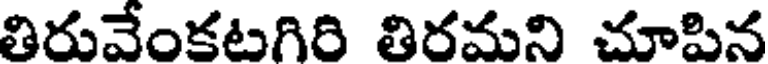
తిరువేంకటగిరి తిరమని చూపిన